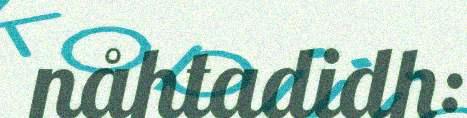
nåhtadidh: